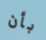
بأن